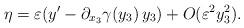
LaTeX: \begin{align*}\eta = \varepsilon(y' - \partial_{x_3}\gamma(y_3)\,y_3) + O(\varepsilon^2 y_3^2).\end{align*}